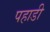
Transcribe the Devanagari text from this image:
पहाडी